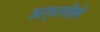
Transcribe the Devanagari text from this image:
अर्धगोले